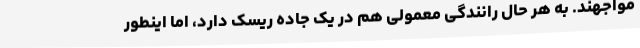
مواجهند. به هر حال رانندگی معمولی هم در یک جاده ریسک دارد، اما اینطور